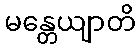
မန္တေယျာတိ